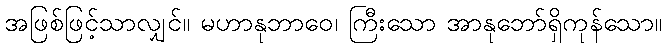
အဖြစ်ဖြင့်သာလျှင်။ မဟာနုဘာဝေ၊ ကြီးသော အာနုဘော်ရှိကုန်သော။